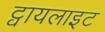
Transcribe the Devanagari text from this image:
ट्वायलाइट